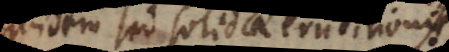
quidem, sed solidae eruditionis